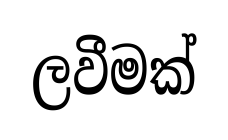
ලවීමක්